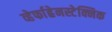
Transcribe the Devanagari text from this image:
व्हेर्फाह्रेनस्टेक्निक